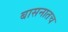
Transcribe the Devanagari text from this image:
बासनातच